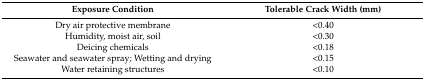
<table><thead><tr><td><b>Exposure Condition</b></td><td><b>Tolerable Crack Width (mm)</b></td></tr></thead><tbody><tr><td>Dry air protective membrane</td><td>&lt;0.40</td></tr><tr><td>Humidity, moist air, soil</td><td>&lt;0.30</td></tr><tr><td>Deicing chemicals</td><td>&lt;0.18</td></tr><tr><td>Seawater and seawater spray; Wetting and drying</td><td>&lt;0.15</td></tr><tr><td>Water retaining structures</td><td>&lt;0.10</td></tr></tbody></table>